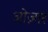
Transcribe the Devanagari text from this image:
ओज़्गर